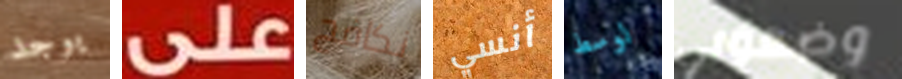
يوجد على نكافح أنسي لوسط وضعوني